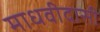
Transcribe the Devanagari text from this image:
माधवीदासी